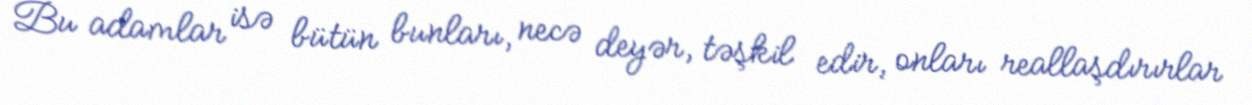
Bu adamlar isə bütün bunları, necə deyər, təşkil edir, onları reallaşdırırlar